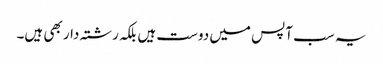
یہ سب آپس میں دوست ہیں بلکہ رشتہ دار بھی ہیں۔